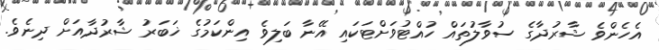
އެހެންވެ ޝާރުދާގެ ސުވާލުތައް ހުއްޓުވަށްޓަކައި އޭނާ ބަލިވެ އިންކަމުގެ ޚަބަރު ޝާރުދާއަށް ދިނެވެ.